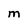
Character: M